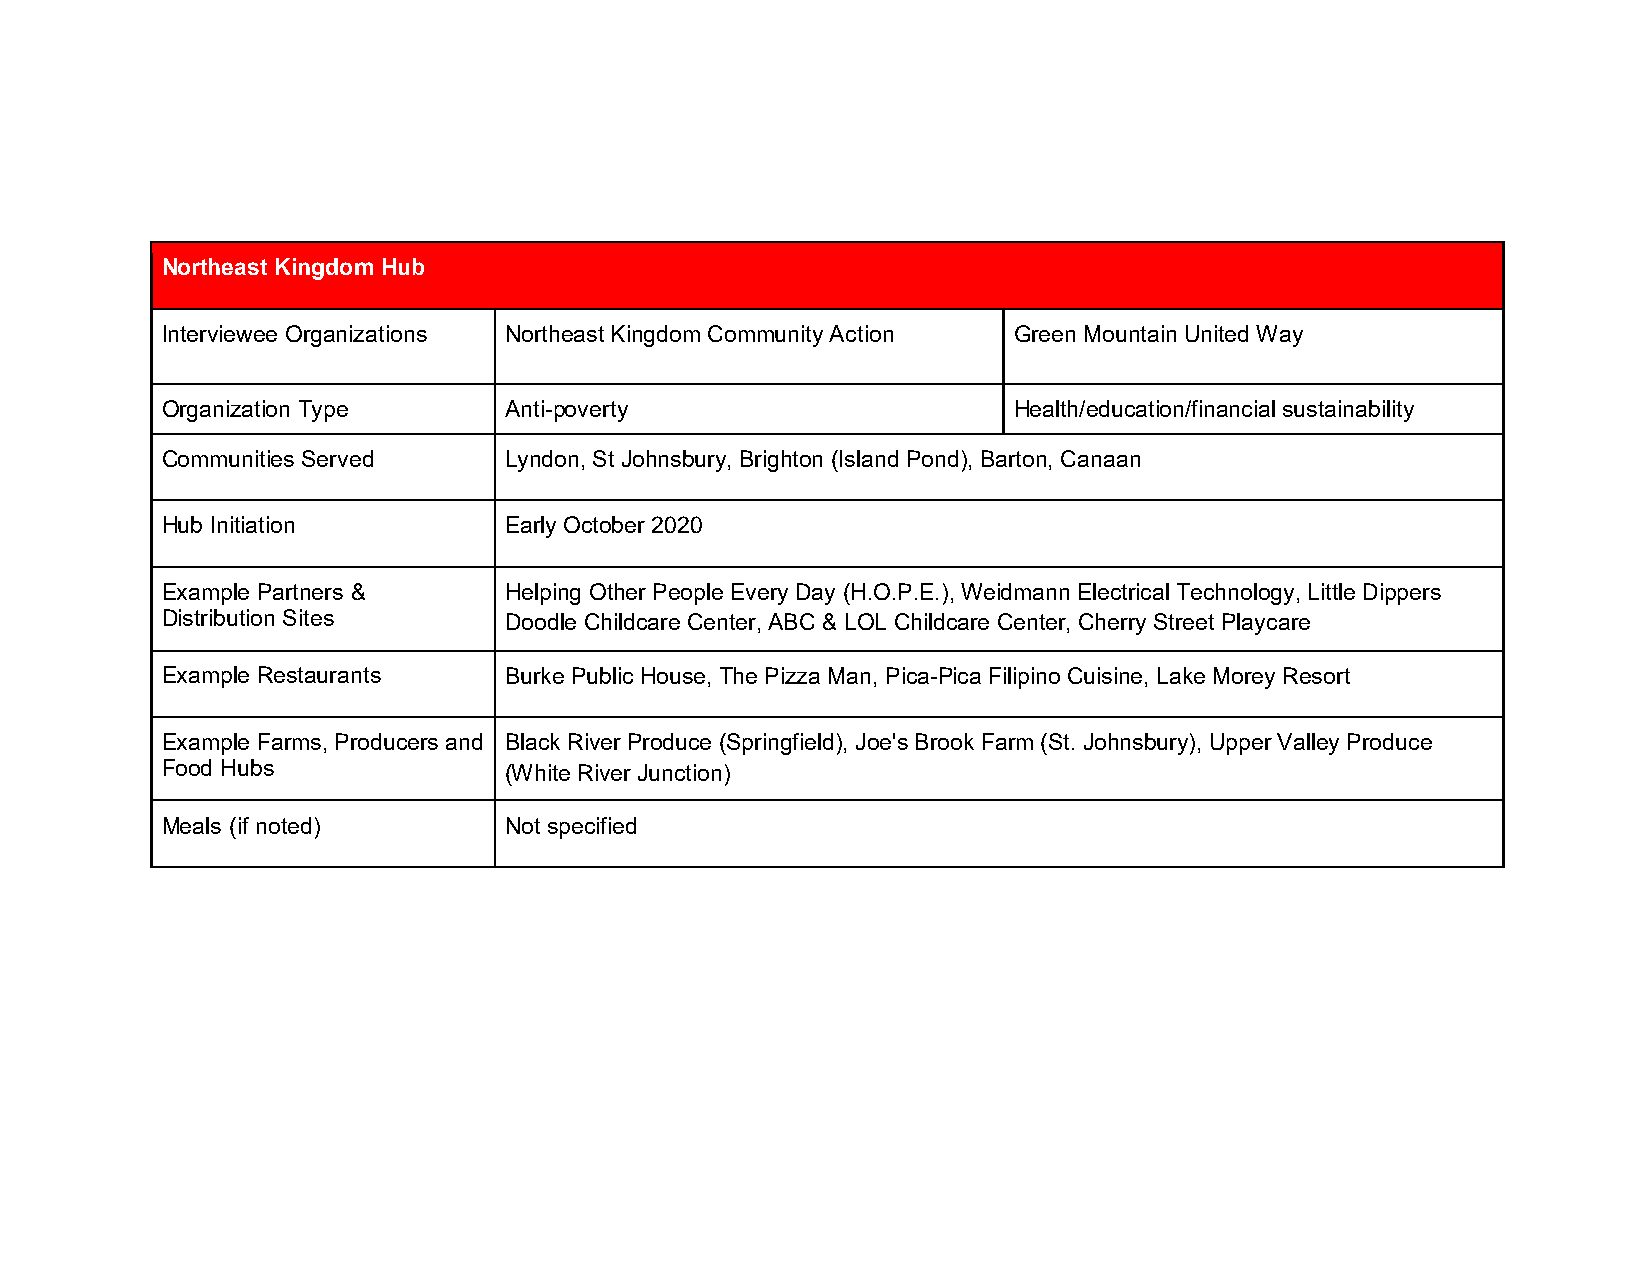
Northeast Kingdom Hub
 Interviewee Organizations Northeast Kingdom Community Action Green Mountain United Way
 Organization Type     Anti-poverty                      Health/education/financial sustainability
 Communities Served    Lyndon, St Johnsbury, Brighton (Island Pond), Barton, Canaan
 Hub Initiation        Early October 2020
 Example Partners &    Helping Other People Every Day (H.O.P.E.), Weidmann Electrical Technology, Little Dippers
 Distribution Sites    Doodle Childcare Center, ABC & LOL Childcare Center, Cherry Street Playcare
 Example Restaurants   Burke Public House, The Pizza Man, Pica-Pica Filipino Cuisine, Lake Morey Resort
 Example Farms, Producers and Black River Produce (Springfield), Joe's Brook Farm (St. Johnsbury), Upper Valley Produce
 Food Hubs             (White River Junction)
 Meals (if noted)      Not specified